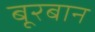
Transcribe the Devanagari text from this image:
बूरबान